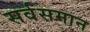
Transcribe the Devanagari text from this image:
सर्वसमान